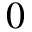
0